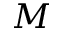
M